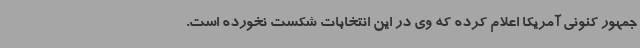
جمهور کنونی آمریکا اعلام کرده که وی در این انتخابات شکست نخورده است.